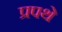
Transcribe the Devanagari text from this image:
प्रपथे